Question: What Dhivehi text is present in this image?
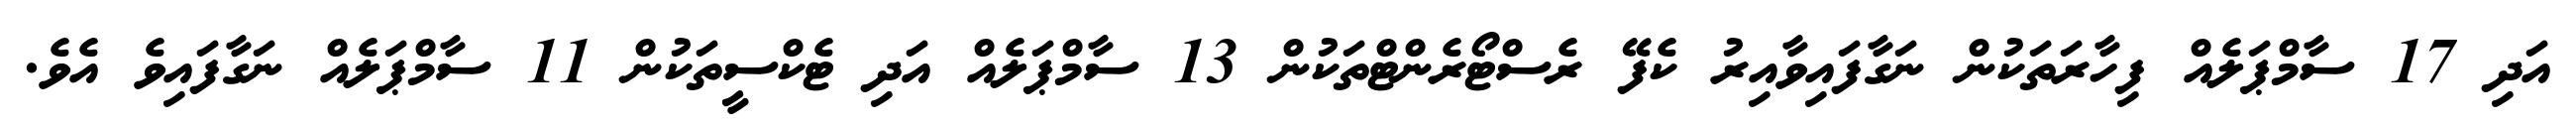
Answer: އަދި 17 ސާމްޕަލެއް ފިހާރަތަކުން ނަގާފައިވާއިރު ކެފޭ ރެސްޓޯރެންޓްތަކުން 13 ސާމްޕަލެއް އަދި ޓެކްސީތަކުން 11 ސާމްޕަލެއް ނަގާފައިވެ އެވެ.